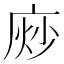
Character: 𫷴